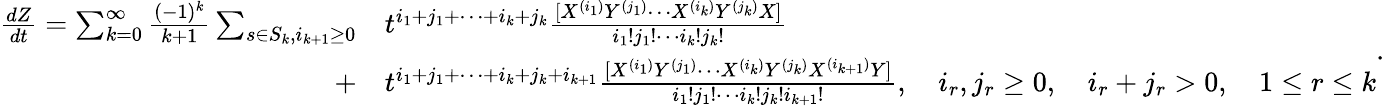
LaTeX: {\begin{array}{rl}{{\frac{dZ}{dt}}=\sum_{k=0}^{\infty}{\frac{(-1)^{k}}{k+1}}\sum_{s\in S_{k},i_{k+1}\geq 0}}&{{}t^{i_{1}+j_{1}+\cdots+i_{k}+j_{k}}{\frac{[X^{(i_{1})}Y^{(j_{1})}\cdots X^{(i_{k})}Y^{(j_{k})}X]}{i_{1}!j_{1}!\cdots i_{k}!j_{k}!}}}\\ {+}&{{}t^{i_{1}+j_{1}+\cdots+i_{k}+j_{k}+i_{k+1}}{\frac{[X^{(i_{1})}Y^{(j_{1})}\cdots X^{(i_{k})}Y^{(j_{k})}X^{(i_{k+1})}Y]}{i_{1}!j_{1}!\cdots i_{k}!j_{k}!i_{k+1}!}},\quad i_{r},j_{r}\geq 0,\quad i_{r}+j_{r}>0,\quad 1\leq r\leq k}\end{array}}.